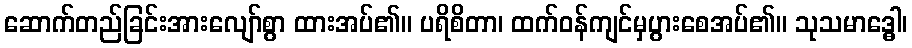
ဆောက်တည်ခြင်းအားလျော်စွာ ထားအပ်၏။ ပရိစိတာ၊ ထက်ဝန်ကျင်မှပွားစေအပ်၏။ သုသမာဒ္ဓေါ၊